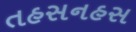
તહસનહસ